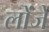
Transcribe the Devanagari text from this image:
लोंजे